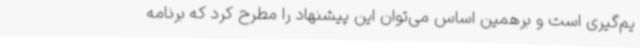
یم‌گیری است و برهمین اساس می‌توان این پیشنهاد را مطرح کرد که برنامه